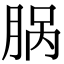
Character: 脶